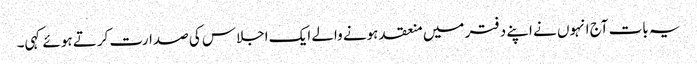
یہ بات آج انہوں نے اپنے دفتر میں منعقد ہونے والے ایک اجلاس کی صدارت کرتے ہوئے کہی۔